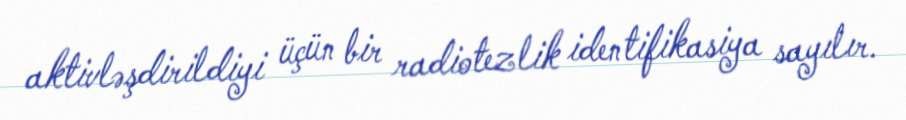
aktivləşdirildiyi üçün bir radiotezlik identifikasiya sayılır.